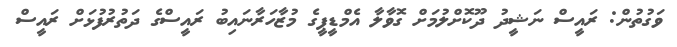
ވަގުތުން: ރައީސް ނަޝީދު ދޫކޮށްލުމަށް ގޮވާލާ އެމްޑީޕީގެ މުޒާހަރާނައިބު ރައީސްގެ ދަތުރުފުޅަށް ރައީސް